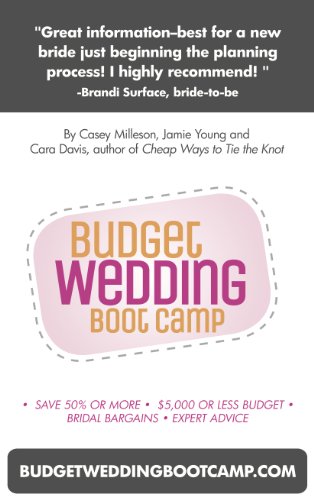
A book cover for Budget Wedding Boot Camp; Cara Davis; Crafts, Hobbies & Home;